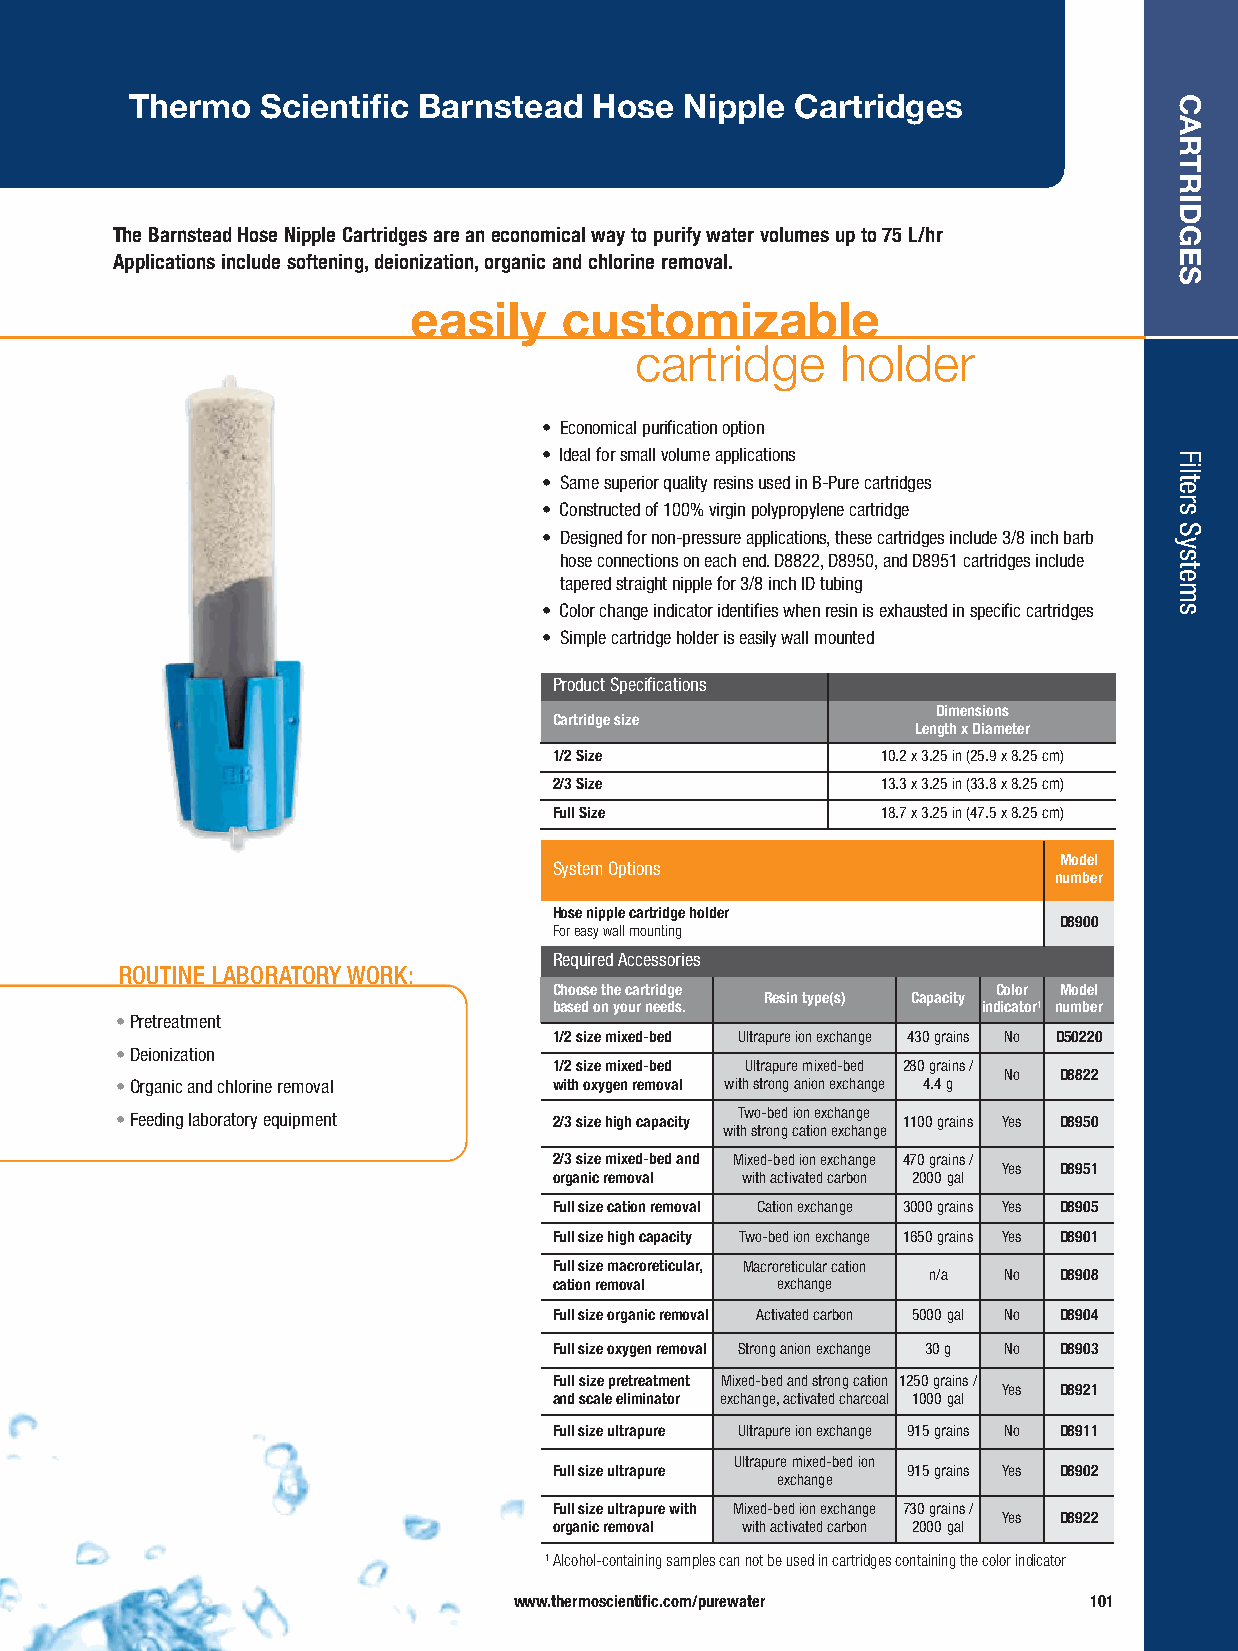
Thermo  Scientific Barnstead  Hose  Nipple  Cartridges
 The Barnstead Hose Nipple Cartridges are an economical way to purify water volumes up to 75 L/hr
 Applications include softening, deionization, organic and chlorine removal.
 easily    customizable
 cartridge     holder
 • Economical purification option
 • Ideal for small volume applications
 • Same superior quality resins used in B-Pure cartridges
 • Constructed of 100% virgin polypropylene cartridge
 • Designed for non-pressure applications, these cartridges include 3/8 inch barb
 hose connections on each end. D8822, D8950, and D8951 cartridges include
 tapered straight nipple for 3/8 inch ID tubing
 • Color change indicator identifies when resin is exhausted in specific cartridges
 • Simple cartridge holder is easily wall mounted
 Product Specifications
 Dimensions
 Cartridge size
 Length x Diameter
 1/2 Size             10.2 x 3.25 in (25.9 x 8.25 cm)
 2/3 Size             13.3 x 3.25 in (33.8 x 8.25 cm)
 Full Size            18.7 x 3.25 in (47.5 x 8.25 cm)
 Model
 System Options
 number
 Hose nipple cartridge holder
 D8900
 For easy wall mounting
 Required Accessories
 ROUTINE LABORATORY WORK:
 Choose the cartridge         Color Model
 Resin type(s) Capacity
 based on your needs.        indicator1 number
 •Pretreatment
 1/2 size mixed-bed Ultrapure ion exchange 430 grains No D50220
 •Deionization
 1/2 size mixed-bed Ultrapure mixed-bed 280 grains /
 No  D8822
 •Organic and chlorine removal with oxygen removal with strong anion exchange 4.4 g
 •Feeding laboratory equipment 2/3 size high capacity T wo-bed ion exchange 1100 grains Yes D8950
 with strong cation exchange
 2/3 size mixed-bed and Mixed-bed ion exchange 470 grains /
 Yes D8951
 organic removal with activated carbon 2000 gal
 Full size cation removal Cation exchange 3000 grains Yes D8905
 Full size high capacity Two-bed ion exchange 1650 grains Yes D8901
 Full size macroreticular, Macroreticular cation
 n/a  No  D8908
 cation removal exchange
 Full size organic removal Activated carbon 5000 gal No D8904
 Full size oxygen removal Strong anion exchange 30 g No D8903
 Full size pretreatment Mixed-bed and strong cation 1250 grains /
 Yes D8921
 and scale eliminator exchange, activated charcoal 1000 gal
 Full size ultrapure Ultrapure ion exchange 915 grains No D8911
 Ultrapure mixed-bed ion
 Full size ultrapure    915 grains Yes D8902
 exchange
 Full size ultrapure with Mixed-bed ion exchange 730 grains /
 Yes D8922
 organic removal with activated carbon 2000 gal
 1Alcohol-containing samples can not be used in cartridges containing the color indicator
 www.thermoscientific.com/purewater    101
 CARTRIDGES
 Filters
 Systems